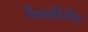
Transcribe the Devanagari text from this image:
नैफ्थीनेट